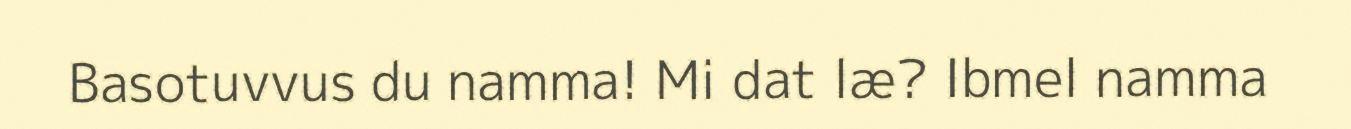
Basotuvvus du namma! Mi dat læ? Ibmel namma